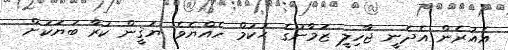
އެއުރެން އެދެނީ ޖާހިލީ ޒަމާނުގެ ޙުކުމް ހެއްޔެވެ. ޔަޤީން ކުރާ ބަޔަކަށް